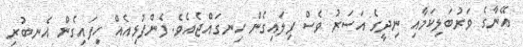
އޭނާގެ ވަރުބަލިކަމާއި ނިދީގެ އަސަރު ވެސް ފިލައިގެން ހިނގައްޖެއެވެ. ފެންފުޅިއެއް ހިފައިގެން އެނބުރި